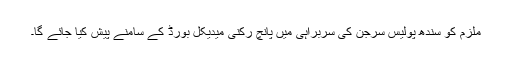
ملزم کو سندھ پولیس سرجن کی سربراہی میں پانچ رکنی میدیکل بورڈ کے سامنے پیش کیا جائے گا۔